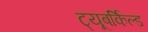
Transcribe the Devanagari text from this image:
ट्यूबर्किल्ड